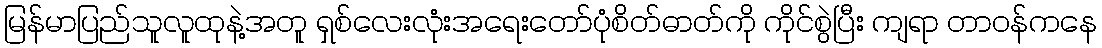
မြန်မာပြည်သူလူထုနဲ့အတူ ရှစ်လေးလုံးအရေးတော်ပုံစိတ်ဓာတ်ကို ကိုင်စွဲပြီး ကျရာ တာဝန်ကနေ